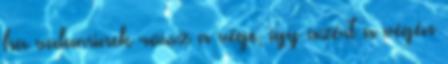
ha valaminek rossz a vége, így azért a végén